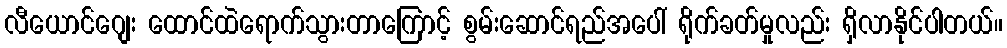
လီယောင်ဂျေး ထောင်ထဲရောက်သွားတာကြောင့် စွမ်းဆောင်ရည်အပေါ် ရိုက်ခတ်မှုလည်း ရှိလာနိုင်ပါတယ်။